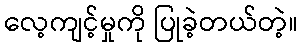
လေ့ကျင့်မှုကို ပြုခဲ့တယ်တဲ့။